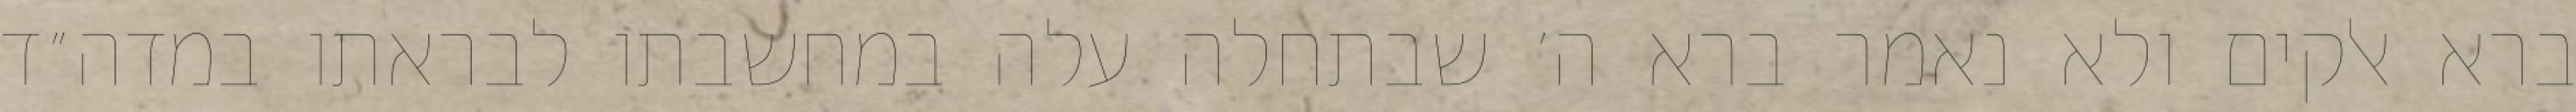
ברא אלקים ולא נאמר ברא ה׳ שבתחלה עלה במחשבתו לבראתו במדה״ד